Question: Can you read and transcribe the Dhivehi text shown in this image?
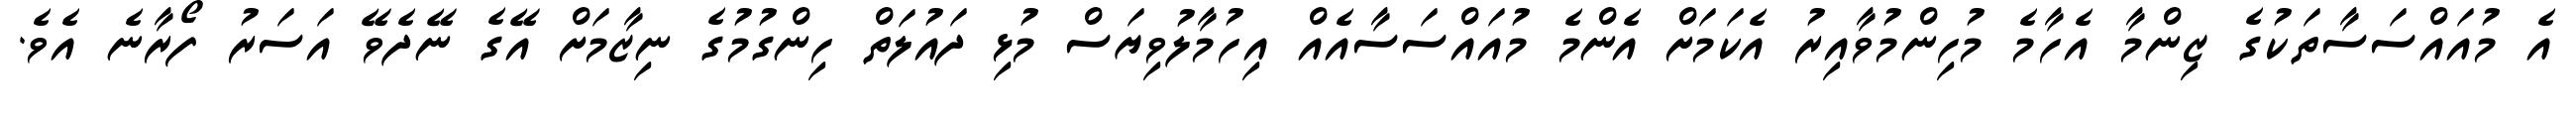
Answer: އެ މުއައްސަސާތަކުގެ ޒިންމާ އެހާމެ މުހިންމުވާއިރު އެކަމަށް އެންމެ މުއައްސަސާއެއް އިހުމާލުވިޔަސް މުޅި ދައުލަތް ހިންގުމުގެ ނިޒާމަށް އޭގެ ނޭދެވޭ އަސަރު ފޯރާނެ އެވެ.